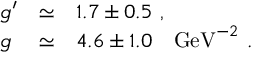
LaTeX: \begin{array} { l l l l } { { g ^ { \prime } } } & { { \simeq } } & { { 1 . 7 \pm 0 . 5 ~ , } } \\ { { g } } & { { \simeq } } & { { 4 . 6 \pm 1 . 0 ~ ~ ~ \mathrm { G e V } ^ { - 2 } ~ . } } \end{array}